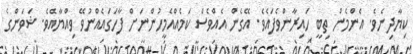
ކިޔާދިނެވެ. އެންމެން ތިބީ ހައިރާންވެފައެވެ. އޭގެން އެއްވެސް ކަމެއްއެމީހުންނަށް ފާހަގައެއްނުވޭ ވިއްޔާއެވެ. ޝަވަންގެ